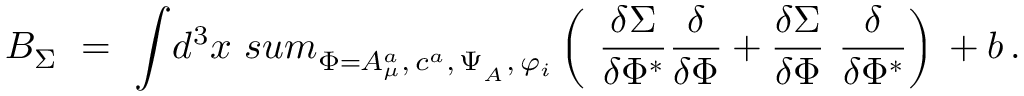
{ \cal B } _ { \Sigma } \, \, = \, \, \displaystyle { \int } { d } ^ { 3 } x \, \displaystyle { \, s u m _ { \Phi = A _ { \mu } ^ { a } , \, c ^ { a } , \, \Psi _ { _ A } , \, \varphi _ { i } } ^ { } } \left( { \displaystyle { \ \frac { \delta \Sigma } { \delta \Phi ^ { * } } } } { \displaystyle { \frac { \delta } { \delta \Phi } } } + { \displaystyle { \frac { \delta \Sigma } { \delta \Phi } } } { \displaystyle { \ \frac { \delta } { \delta \Phi ^ { * } } } } \right) \, + b \, .